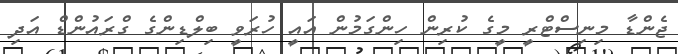
ޖެންޑާ މިނިސްޓްރީ މީގެ ކުރިން ހިންގަމުން އައީ ހުރަވީ ބިލްޑިންގެ ގްރައުންޑް އަދި